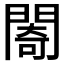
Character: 𨵤